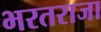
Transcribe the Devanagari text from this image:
भरतराजा